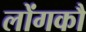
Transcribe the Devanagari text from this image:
लोंगकौ